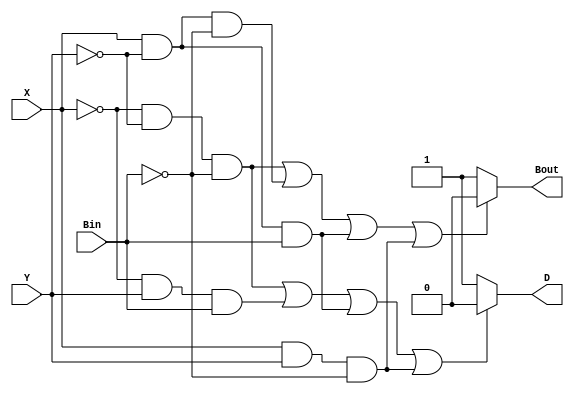
/* full subtractor module */

module fullSub(output reg D,Bout,input X,Y,Bin);
always @ (X or Y or Bin) begin
	if(( X == 1'b0 & Y ==1'b0 & Bin == 1'b0)|
	( X==1'b0 & Y ==1'b1 & Bin == 1'b1)|
	(X == 1'b1 & Y == 1'b0 & Bin == 1'b1)|
	(X == 1'b1 & Y == 1'b1 & Bin == 1'b0))
	begin
		D=1'b0;
	end
	else
		D=1'b1;
	if((X == 1'b0 & Y == 1'b0 & Bin == 1'b0)|
	(X == 1'b1 & Y == 1'b0 & Bin == 1'b0)|
	(X == 1'b1 & Y == 1'b0 & Bin == 1'b1)|
	(X == 1'b1 & Y == 1'b1 & Bin == 1'b0))
	begin
		Bout=1'b0;
	end
	else
		Bout=1'b1;
	end
endmodule

/* testbench module */

module FS_tb;
	reg x,y,bin;
	wire d,bout;
	fullSub fs(d,bout,x,y,bin);
	initial begin
		x=0; y=0; bin=0;
		#1 x = 0; y = 0; bin = 1;
		#1 x = 0; y = 1; bin = 0;
		#1 x = 0; y = 1; bin = 1;
		#1 x = 1; y = 0; bin = 0;
		#1 x = 1; y = 0; bin = 1;
		#1 x = 1; y = 1; bin = 0;
		#1 x = 1; y = 1; bin = 1;
	end
	initial begin
		$monitor("%t | A = %d | B = %d | Borrow In = %d | Difference = %d | Borrow Out = %d",$time,x,y,bin,d,bout);
	end
endmodule